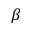
\beta